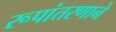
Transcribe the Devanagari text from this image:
रूपांतरणाने